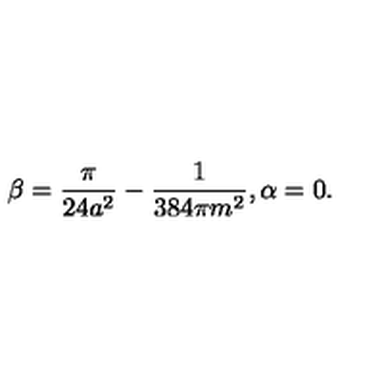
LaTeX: \beta = \frac { \pi } { 2 4 a ^ { 2 } } - \frac { 1 } { 3 8 4 \pi m ^ { 2 } } , \alpha = 0 .